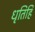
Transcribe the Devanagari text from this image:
धृतिहि